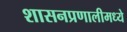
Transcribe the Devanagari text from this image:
शासनप्रणालीमध्ये